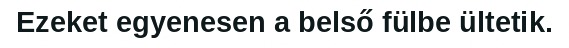
Ezeket egyenesen a belső fülbe ültetik.